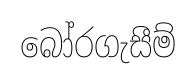
බෝරගැසීම්